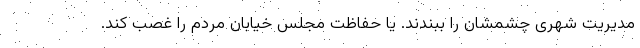
مدیریت شهری چشمشان را ببندند. یا حفاظت مجلس خیابان مردم را غصب کند.